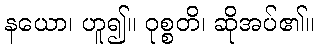
နယော၊ ဟူ၍။ ဝုစ္စတိ၊ ဆိုအပ်၏။